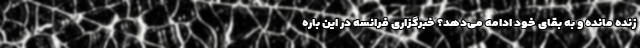
زنده مانده و به بقای خود ادامه می‌دهد؟ خبرگزاری فرانسه در این باره